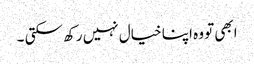
ابھی تو وہ اپنا خیال نہیں رکھ سکتی ۔